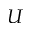
U